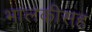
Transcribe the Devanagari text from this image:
भालकीसह